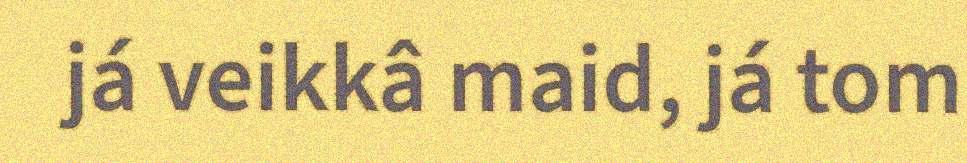
já veikkâ maid, já tom